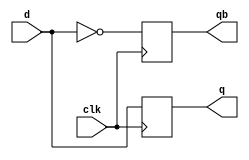
//20L115
//GOKUL P
module DFF(d,q,clk,qb);
input d,clk;
output q,qb;
reg q,qb;
always@(posedge clk)
begin
q=d;
qb=~d;
end
endmodule